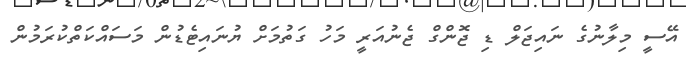
އޭސީ މިލާނުގެ ނައިޖަލް ޑި ޖޮންގް ޖެނުއަރީ މަހު ގަތުމަށް ޔުނައިޓެޑުން މަސައްކަތްކުރަމުން